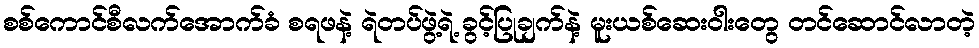
စစ်ကောင်စီလက်အောက်ခံ စရဖနဲ့ ရဲတပ်ဖွဲ့ရဲ့ ခွင့်ပြုချက်နဲ့ မူးယစ်ဆေးဝါးတွေ တင်ဆောင်လာတဲ့